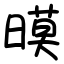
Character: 暯